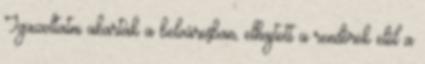
Igazoltatni akarták a belvárosban, elhajtott a rendőrök elől a